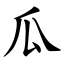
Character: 瓜